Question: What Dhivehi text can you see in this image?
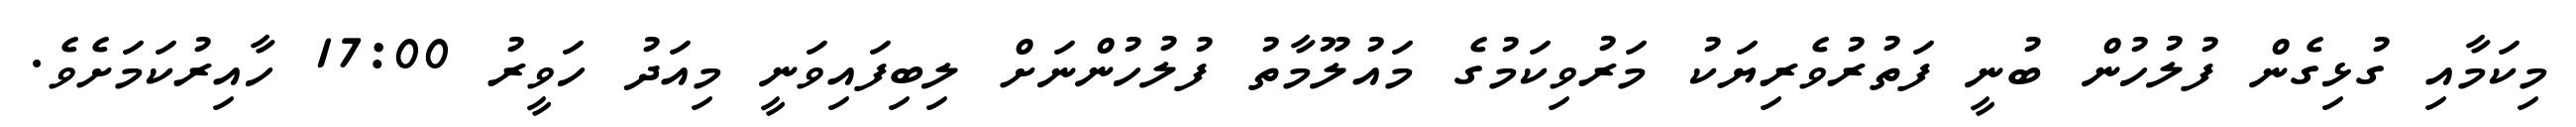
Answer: މިކަމާއި ގުޅިގެން ފުލުހުން ބުނީ ފަތުރުވެރިޔަކު މަރުވިކަމުގެ މައުލޫމާތު ފުލުހުންނަށް ލިބިފައިވަނީ މިއަދު ހަވީރު 17:00 ހާއިރުކަމަށެވެ.